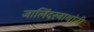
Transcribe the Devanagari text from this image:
जालिंदरनाथांनी